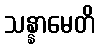
သန္နာမေတိ